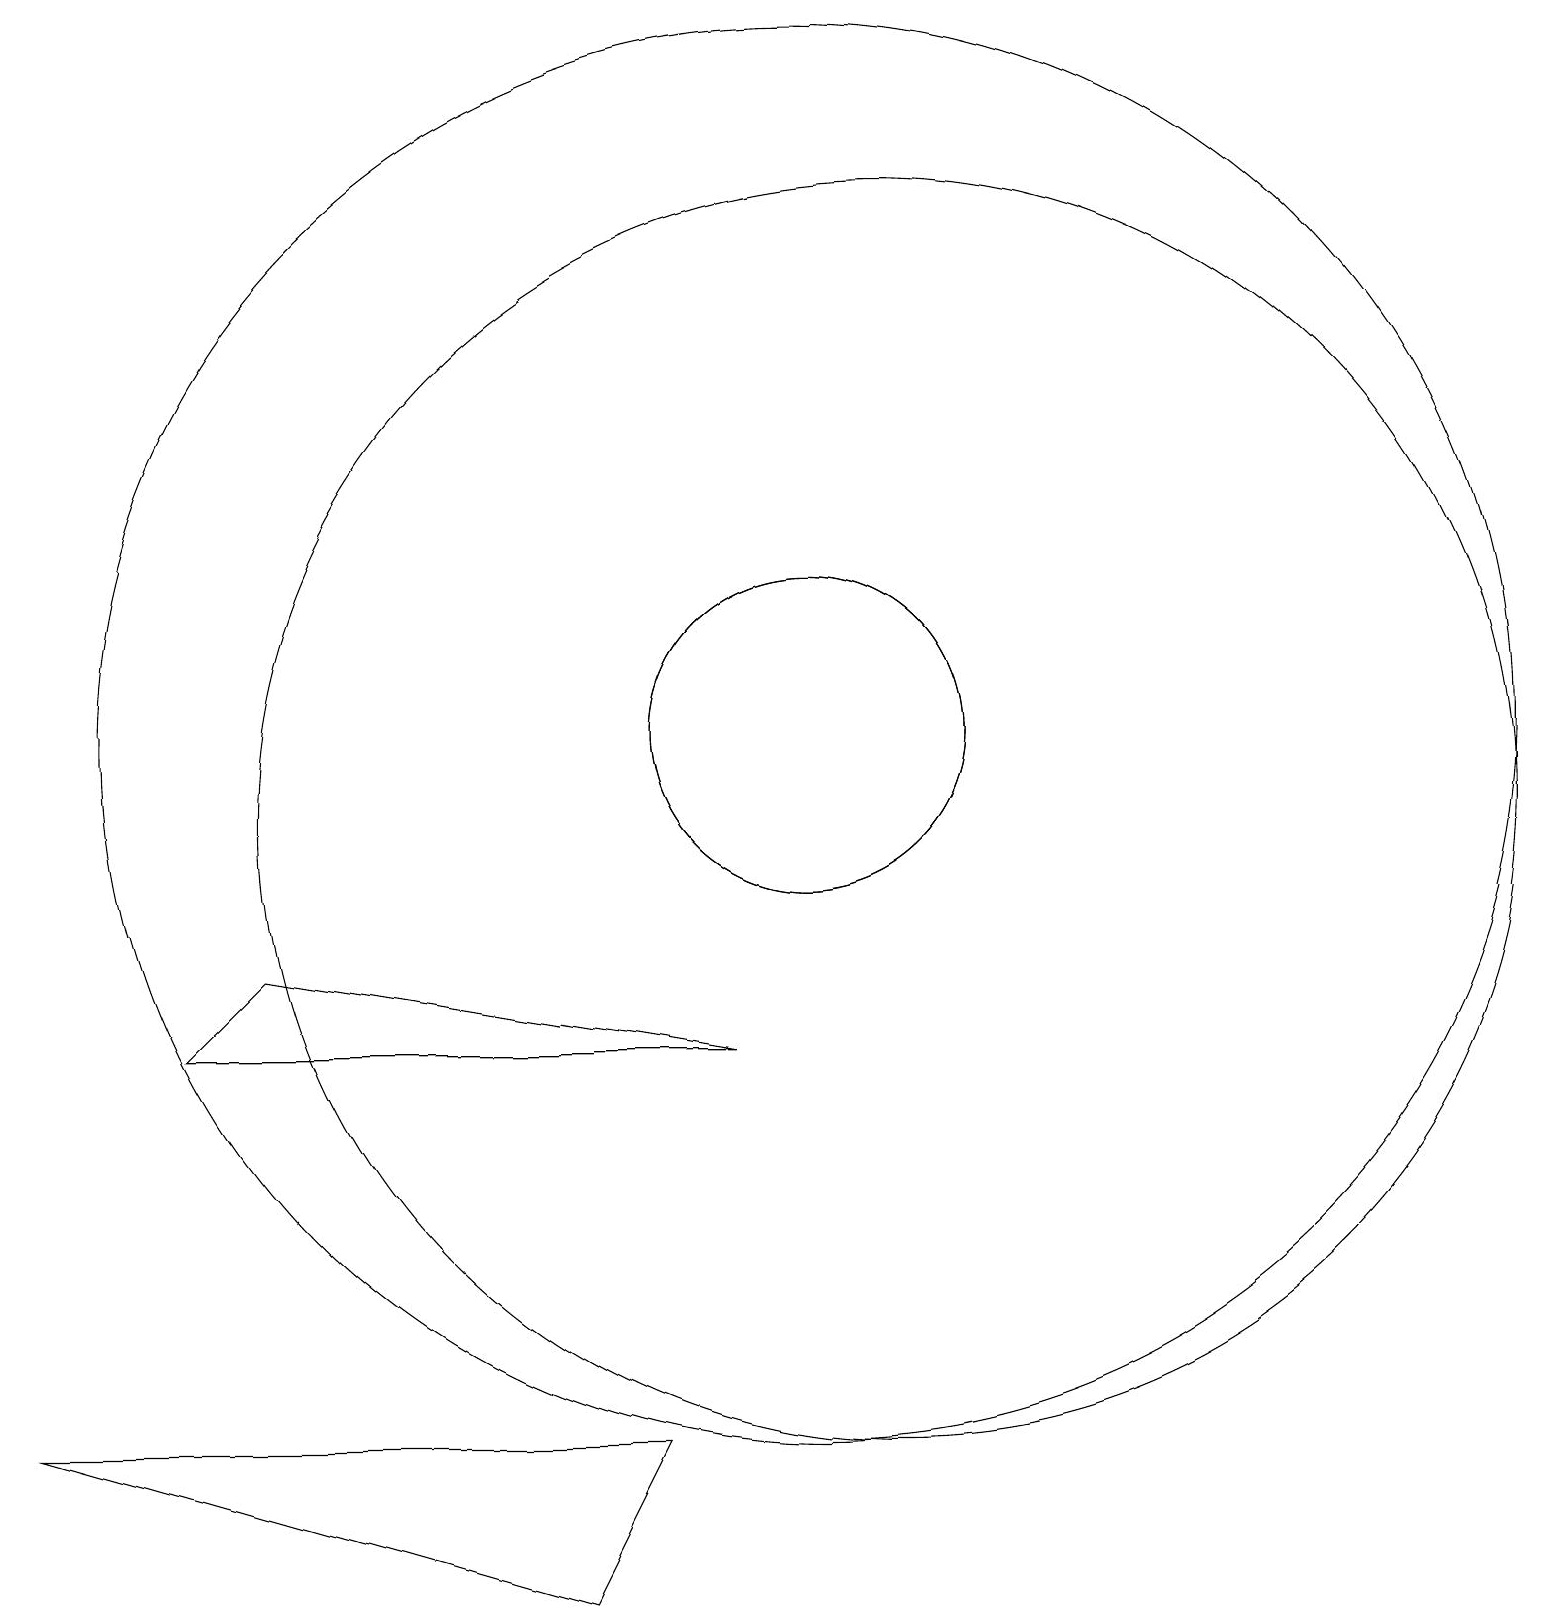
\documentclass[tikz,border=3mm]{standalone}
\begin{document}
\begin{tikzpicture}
\draw (10,11) circle (9);
\draw (10,11) circle (2);
\draw (9,7) -- (2,7) -- (3,8) -- cycle;
\draw (11,10) circle (8);
\draw (0,2) -- (8,2) -- (7,0) -- cycle;
\draw (10,11) circle (2);
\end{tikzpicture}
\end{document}